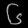
Digit: ၆